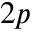
2 p